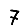
Digit: 7